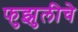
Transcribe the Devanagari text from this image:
फुझुलीचे